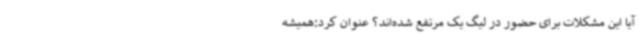
آیا این مشکلات برای حضور در لیگ یک مرتفع شده‌اند؟ عنوان کرد:همیشه